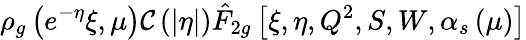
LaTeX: \rho_{g}\left(e^{-\eta}\xi,\mu\right){\cal{C}}\left(\left|\eta\right|\right)\hat{F}_{2g}\left[\xi,\eta,Q^{2},S,W,\alpha_{s}\left(\mu\right)\right]